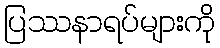
ပြဿနာရပ်များကို